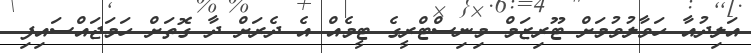
އަލިދުއާ ހަވާލުވުމަށް ޓޫރިޒަމް މިނިސްޓްރީގެ ޓީމެއް އެ ދެރަށް ދާ ގޮތަށް ހަމަޖައްސައިފި